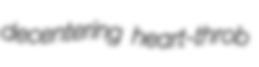
decentering heart-throb